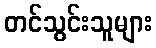
တင်သွင်းသူများ